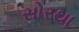
સોરથા